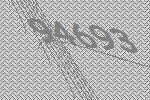
94693